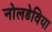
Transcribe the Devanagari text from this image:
नोलडेविया